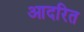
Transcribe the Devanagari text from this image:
आदरित